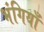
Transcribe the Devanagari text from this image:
भंगियाँ